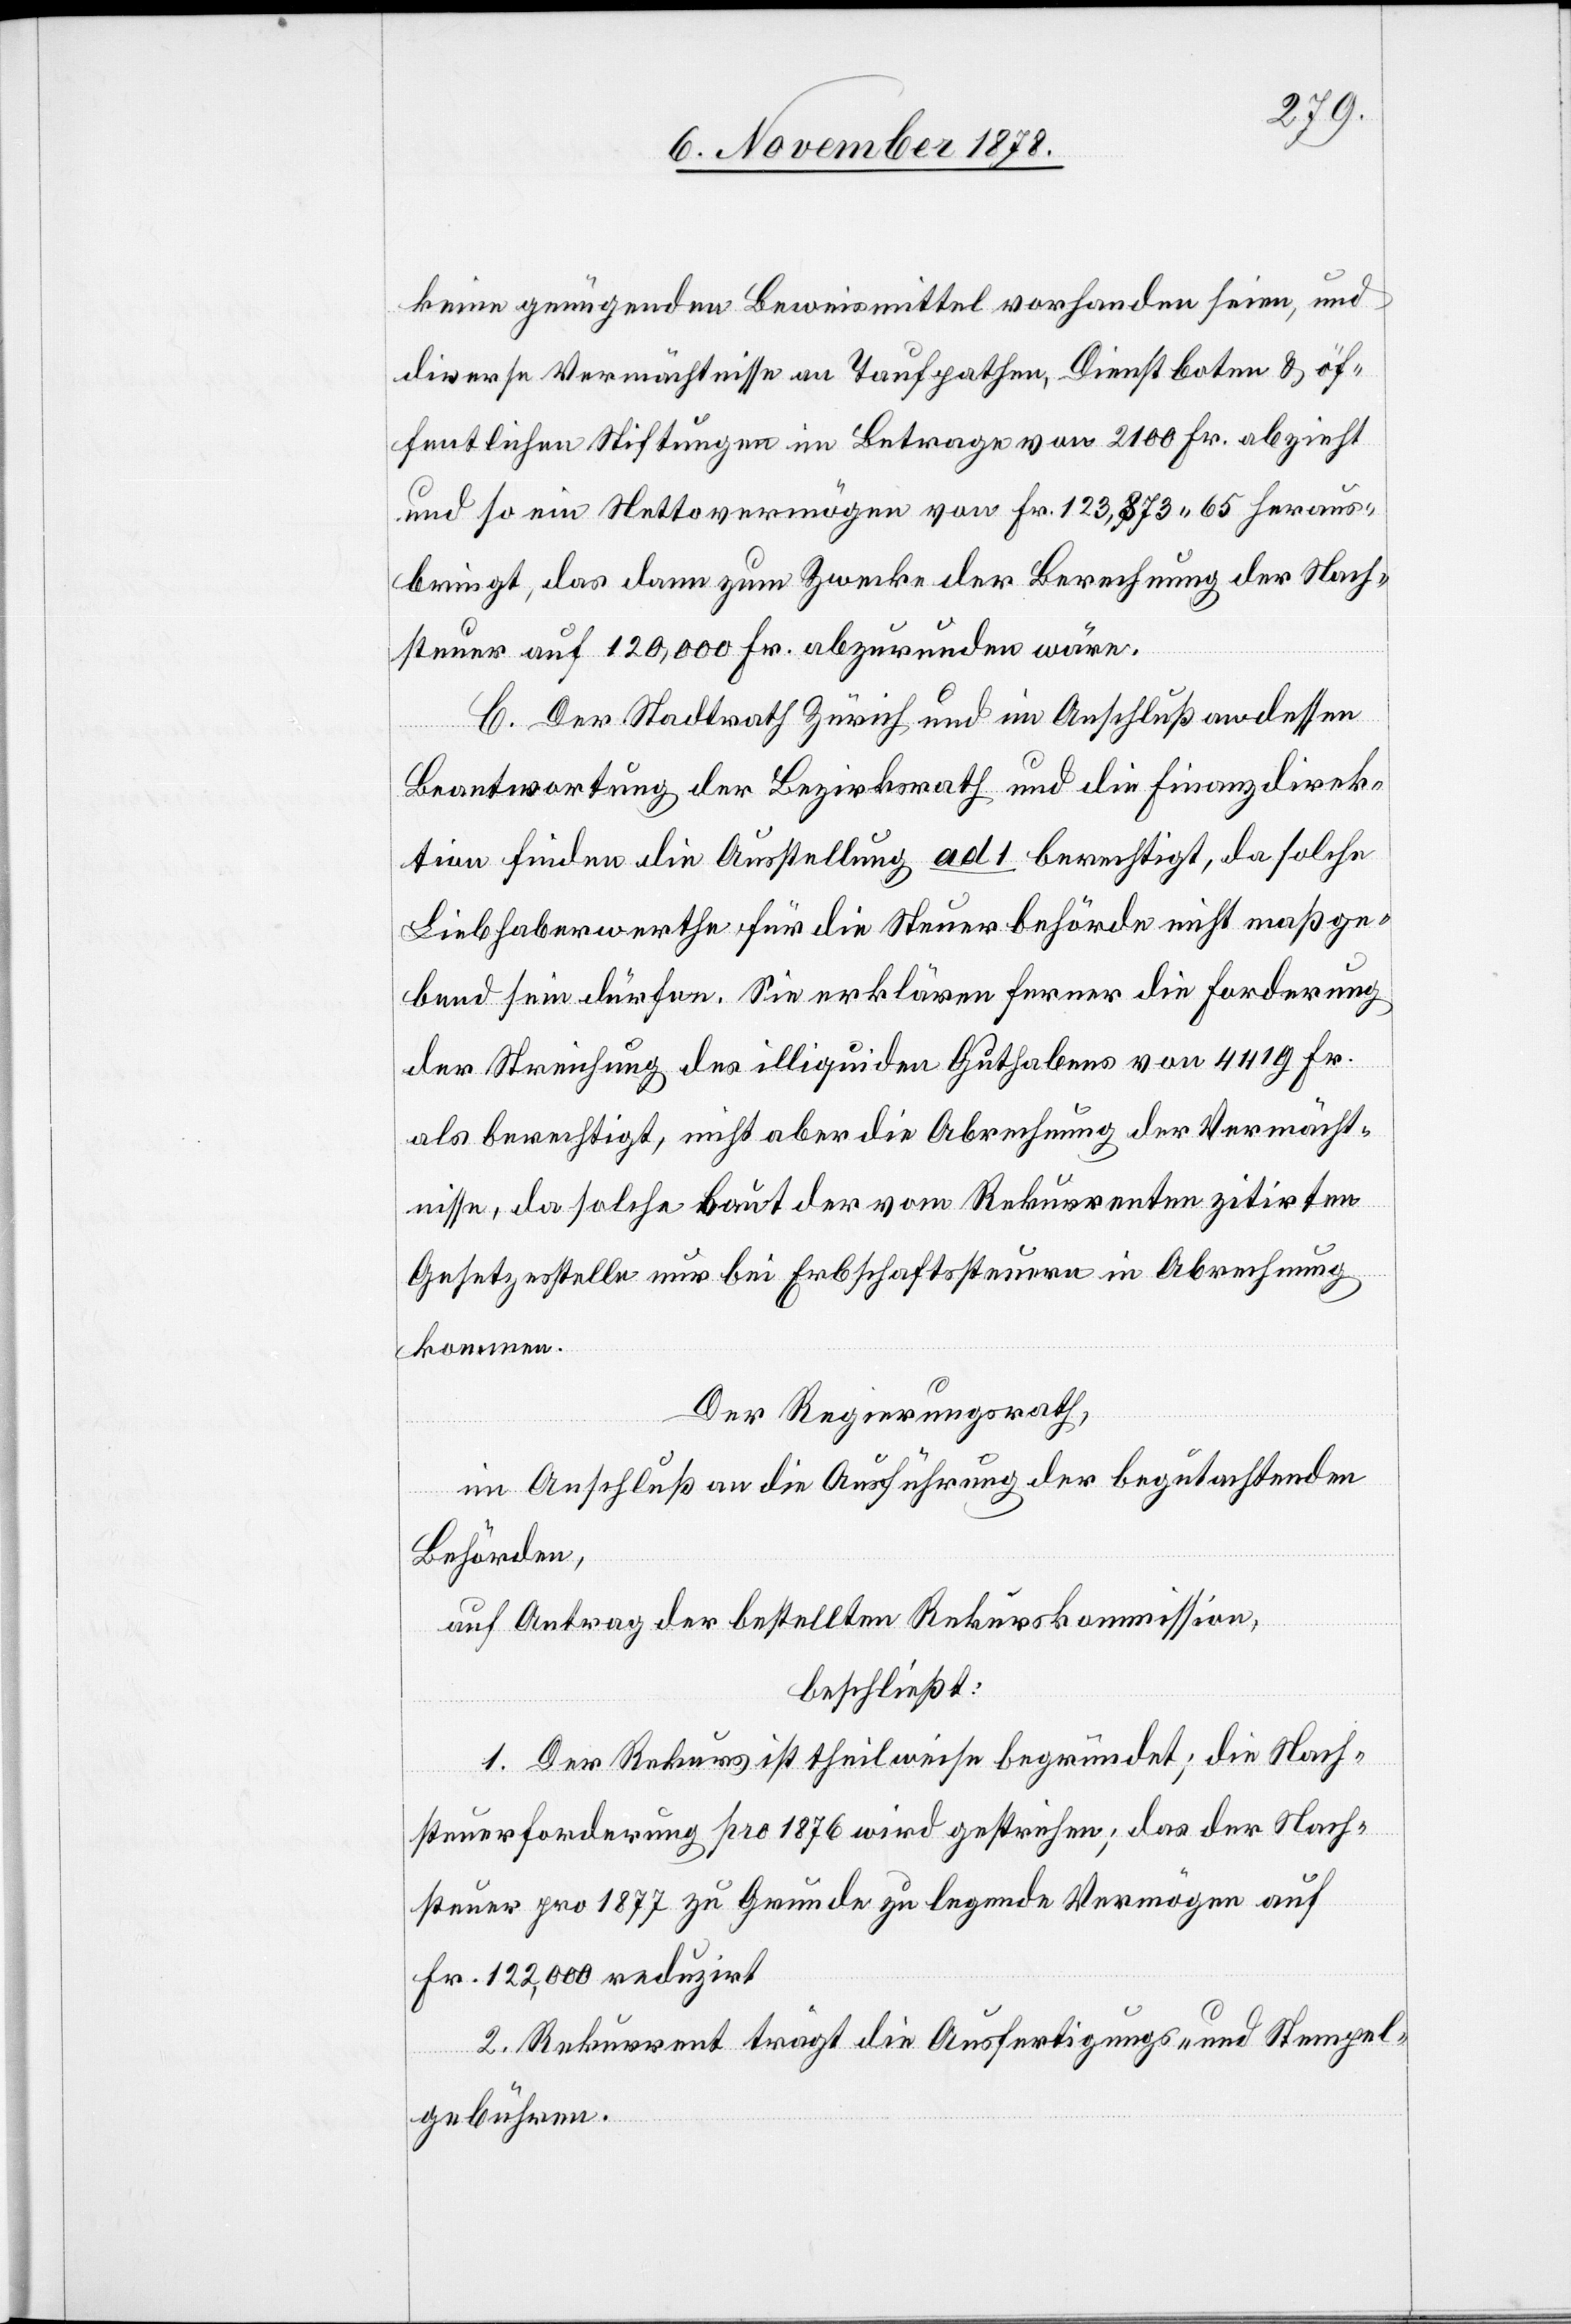
keine genügenden Beweismittel vorhanden seien, und
diverse Vermächtnisse an Taufpathen, Dienstboten & öf¬
fentlichen Stiftungen im Betrage von 2100 Fr. abzieht
und so ein Nettovermögen von Fr. 123,873 65 heraus¬
bringt, das dann zum Zwecke der Berechnung der Nach¬
steuer auf 120,000 Fr. abzurunden wäre.
C. Der Stadtrath Zürich und im Anschluß an dessen
Beantwortung der Bezirksrath und die Finanzdirek¬
tion finden die Ausstellung ad 1 berechtigt, da solche
Liebhaberwerthe für die Steuerbehörde nicht maßge¬
bend sein dürfen. Sie erklären ferner die Forderung
der Streichung des illiquiden Guthabens von 4419 Fr.
als berechtigt, nicht aber die Abrechnung der Vermächt¬
nisse, da solche laut der vom Rekurrenten zitirten
Gesetzesstelle nur bei Erbschaftssteuern in Abrechnung
kommen.
Der Regierungsrath,
im Anschluß an die Ausführung der begutachtenden
Behörden,
auf Antrag der bestellten Rekurskommission,
beschließt:
1. Der Rekurs ist theilweise begründet; die Nach¬
steuerforderung pro 1876 wird gestrichen; das der Nach¬
steuer pro 1877 zu Grunde zu legende Vermögen auf
Fr. 122,000 reduzirt.
2. Rekurrent trägt die Ausfertigungs- und Stempel¬
gebühren.